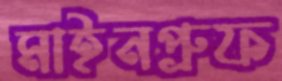
মাইনপ্রুফ